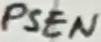
Text: PSEN